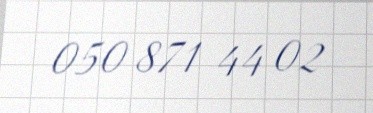
050 871 44 02